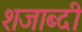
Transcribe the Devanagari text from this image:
शजाब्दी